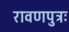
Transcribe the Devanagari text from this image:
रावणपुत्रः